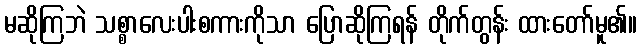
မဆိုကြဘဲ သစ္စာလေးပါးစကားကိုသာ ပြောဆိုကြရန် တိုက်တွန်း ထားတော်မူ၏။